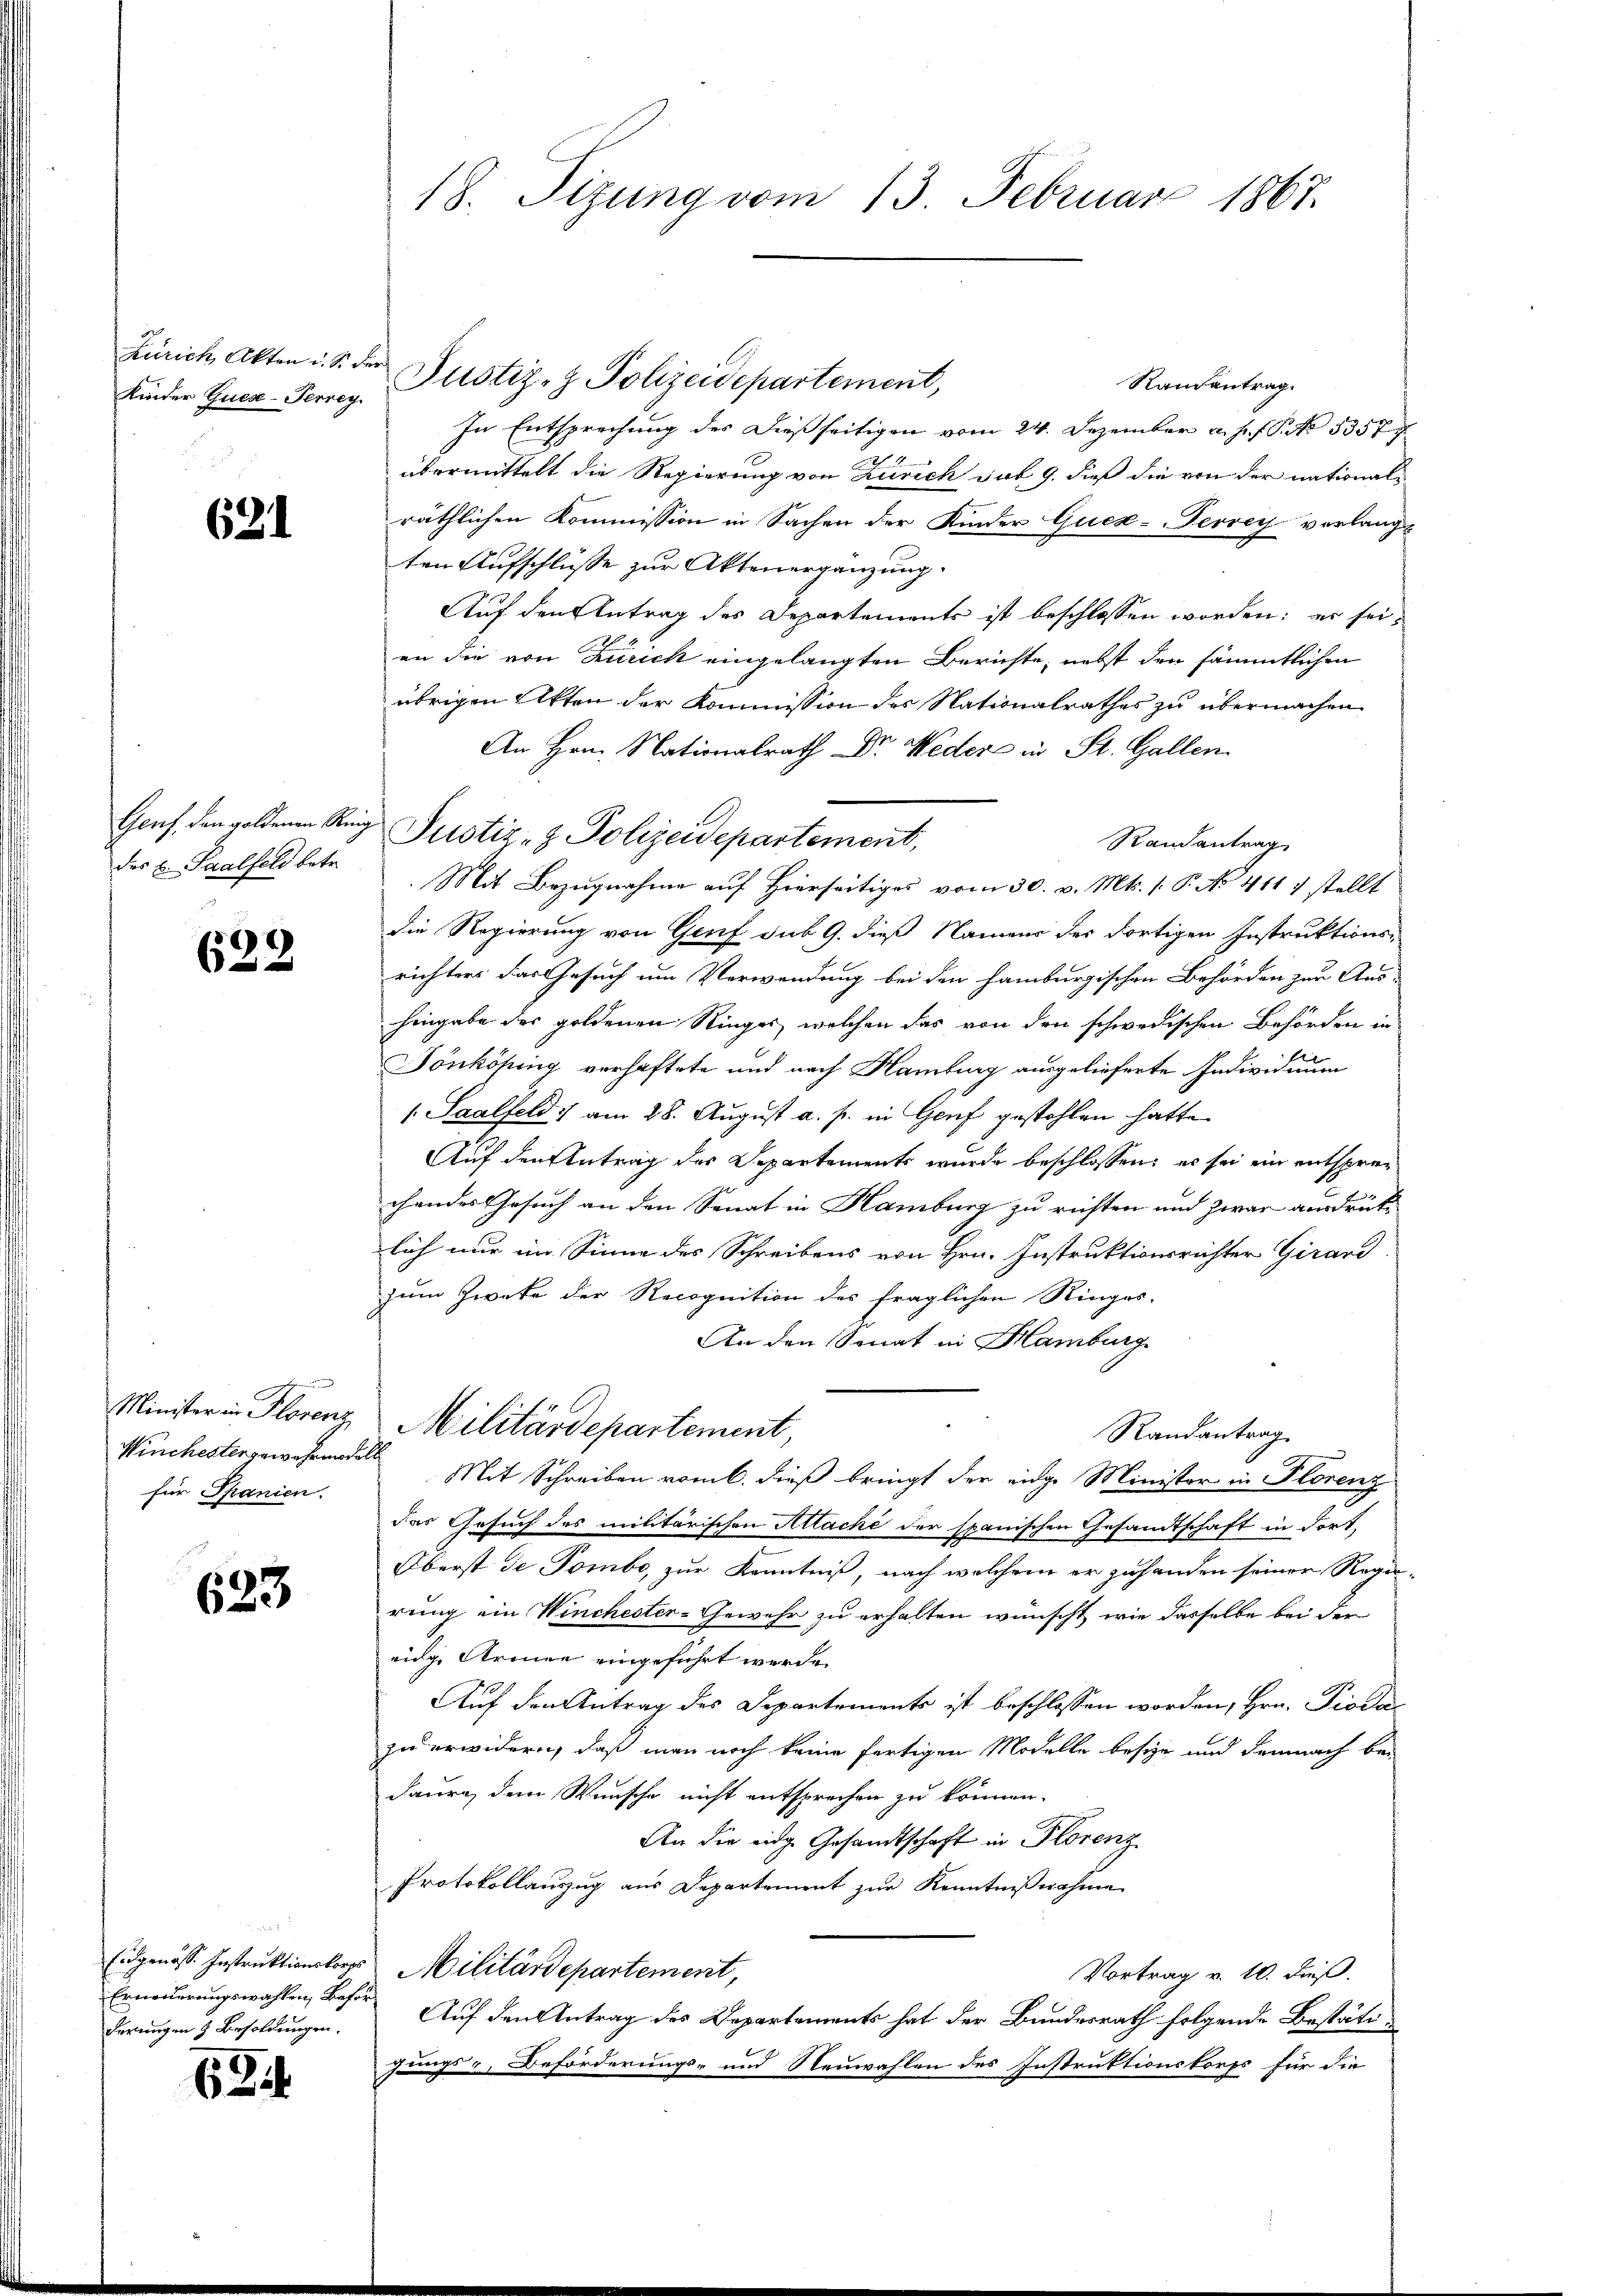
Kinder Quese-Perreg

621

des E. Saalfeld betr.

628.

für Spanien.

623

Erneuerungswahlen, Beförderungen & Besoldungen.

63

18. Sizung vom 13. Februar 1867.

Zürich, Akten u. s. der Justiz- & Polizeidepartement,
Raiantrag.
In Entsprechung des dießseitigen vom 24. Dezember a. p. 1. No. 5357
übermittelt die Regierung von Zürich sub 9. dieß die von der nationals
räthlichen Kommission in Sachen der Kinder Gucx-Tervey verlangt
ten Aufschlüsse zur Aktenergänzung.
Auf den Antrag des Departements ist beschlossen worden; er sei-
en die von Zürich eingelangten Berichte, nebst den sämmtlichen
übrigen Akten der Kommission des Nationalrathes zu übermachen
An Hrn. Nationalrath Dr. Weder in St. Gallen
Genf den goldenen Aug Pustiz- & Polizeidepartement,
Randantrag
Mit Bezugnahme auf Hierseitiges vom 30. v. Mts. 1. P. No 411 7 stellt
die Regierung von Genf sub 9. dieß Namens des dortigen Instruktionsrichters das Gesuch um Verwendung bei den Hamburgischen Behörden zur Aus-
hingabe des goldenen Ringer, welchen das von den schwedischen Behörden in
Dönkösung verhaftete und nach Hamburg ausgelieferte Individuum
1 Saalfeld am 28. August a. p. in Genf gestohlen hatte
Auf den Antrag des Departements wurde beschlossen, es sei ein entsprechendes Gesuch an den Senat in Hamburg zu richten und zwar ausdrücklich nur im Sinne des Schreibens von Hrn. Instruktionsrichter Girard
zum Zweke der Recognition des fraglichen Ringer-
An den Senat in Hamburg
Minister in Florenz, Militärdepartement,
Randantrag
Winchestergewährende Mit Schreiben vom 6. dieß bringt der eidge Minister in Florenz
das Gesuch des militärischen Altaché der spanischen Gesandtschaft in Fort-
Oberst de Tombe, zur Kenntniß, nach welchem er zu handen seiner Regirung ein Winchester-Gewehr zu erhalten wünscht, wie dasselbe bei der
eidg. Armee eingeführt werde.
Auf den Antrag des Departements ist beschlossen worden, Hrn. Pioda
zu erwidern, daß man noch keine fertigen Modelle besie und demnach bei
daure, dem Wunsche nicht entsprechen zu können.
An die eidge Gesandtschaft in Florenz
Protokollauszug aus Departement zur Kenntnißnahmen
Eidgenösse Instruktionslos Militärdepartement,
Vortrag v. 10. dieß.
Auf den Antrag des Departements hat der Bundesrath folgende Bestätigungs-, Beförderungs- und Neuwahlen des Instruktionskorps für die